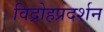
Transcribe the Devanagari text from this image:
विद्रोहप्रदर्शन